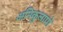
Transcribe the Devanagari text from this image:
अनिकुलापो